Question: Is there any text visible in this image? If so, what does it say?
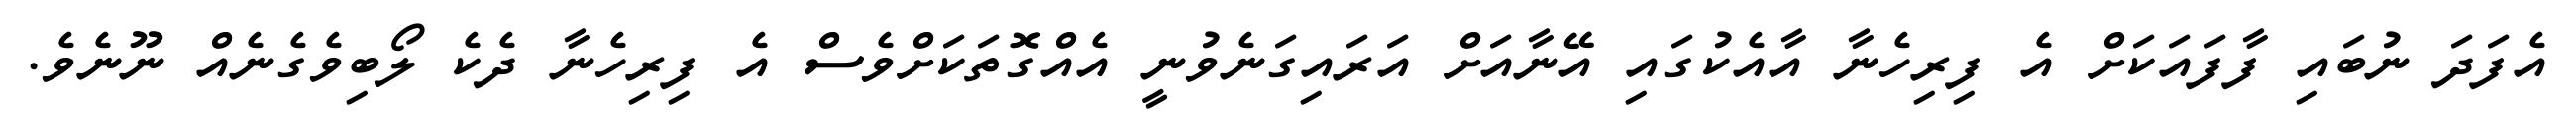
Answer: އެފަދަ ނުބައި ފާފައަކަށް އެ ފިރިހެނާ އާއެކުގައި އޭނާއަށް އަރައިގަނެވުނީ އެއްގޮތަކަށްވެސް އެ ފިރިހެނާ ދެކެ ލޯބިވެގެނެއް ނޫނެވެ.